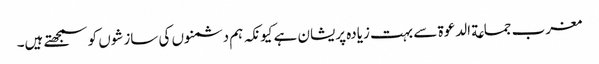
مغرب جماعة الدعوة سے بہت زیادہ پریشان ہے کیونکہ ہم دشمنوں کی سازشوں کو سمجھتے ہیں۔